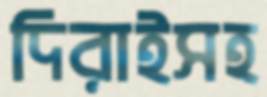
দিরাইসহ